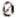
0